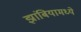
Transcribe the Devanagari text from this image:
झांबियामध्ये